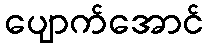
ပျောက်အောင်